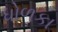
ધોળકા